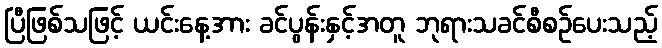
ပြီဖြစ်သဖြင့် ယင်းနေ့အား ခင်ပွန်းနှင့်အတူ ဘုရားသခင်စီစဉ်ပေးသည့်